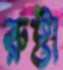
রুষ্টা